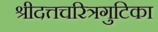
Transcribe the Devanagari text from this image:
श्रीदत्तचरित्रगुटिका